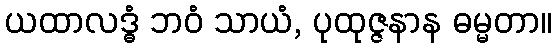
ယထာလဒ္ဓံ ဘဝံ သာယံ, ပုထုဇ္ဇနာန ဓမ္မတာ။